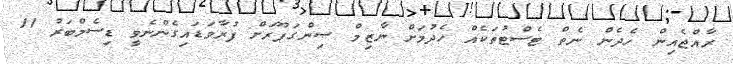
ރާއްޖެއިން ހެދެން ނެތް ޓެސްޓުތަކެއް ހެދުމަށް ނާޒިމް ސިންގަޕޫރަށް ފުރާވަޑައިގެންނެވީ ޑިސެމްބަރު 11